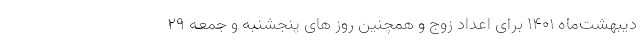
دیبهشت‌ماه ۱۴۰۱ برای اعداد زوج و همچنین روز های پنجشنبه و جمعه ۲۹